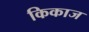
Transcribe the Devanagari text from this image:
किकाज